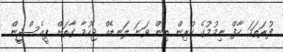
ފުރަތަމަ ހާފް ނިމުމުގެ ކުރިން ތިން ވަނަ ލަނޑެއް ޖެހުމާ ގާތަށް ޕީއެސްޖީން